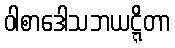
ဝါစာဒေါသဘယဋ္ဋိတာ